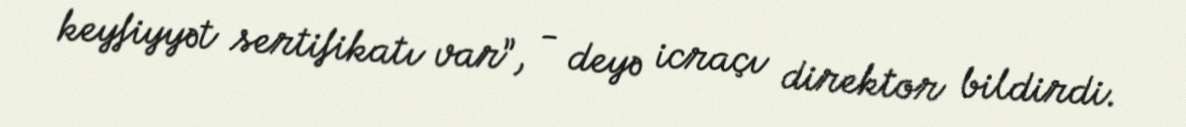
keyfiyyət sertifikatı var”, - deyə icraçı direktor bildirdi.